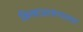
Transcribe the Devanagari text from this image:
किल्याआसपासचा